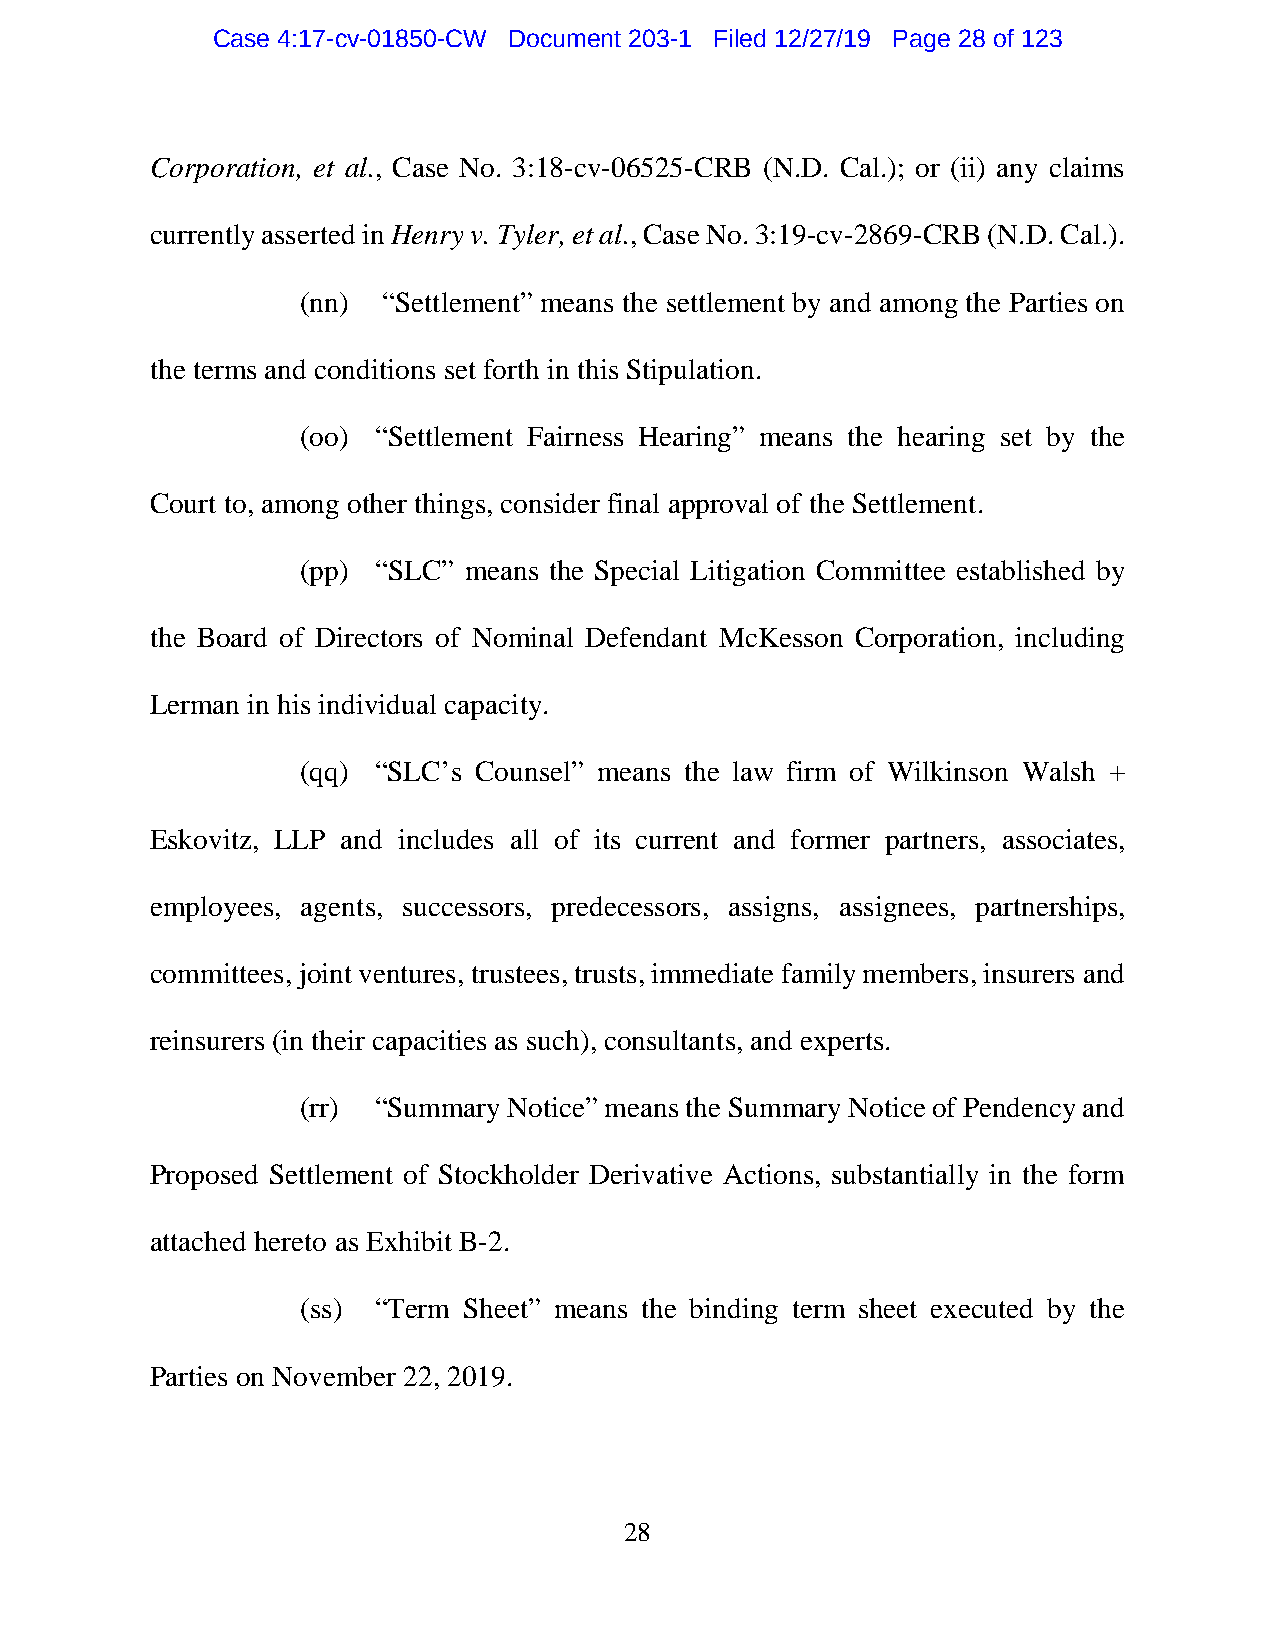
Case 4:17-cv-01850-CW Document 203-1 Filed 12/27/19 Page 28 of 123
 Corporation, et al., Case No. 3:18-cv-06525-CRB (N.D. Cal.); or (ii) any claims
 currently asserted in Henry v. Tyler, et al., Case No. 3:19-cv-2869-CRB (N.D. Cal.).
 (nn) “Settlement” means the settlement by and among the Parties on
 the terms and conditions set forth in this Stipulation.
 (oo) “Settlement Fairness Hearing” means the hearing set by the
 Court to, among other things, consider final approval of the Settlement.
 (pp) “SLC” means the Special Litigation Committee established by
 the Board of Directors of Nominal Defendant McKesson Corporation, including
 Lerman in his individual capacity.
 (qq) “SLC’s Counsel” means the law firm of Wilkinson Walsh +
 Eskovitz, LLP and includes all of its current and former partners, associates,
 employees, agents, successors, predecessors, assigns, assignees, partnerships,
 committees, joint ventures, trustees, trusts, immediate family members, insurers and
 reinsurers (in their capacities as such), consultants, and experts.
 (rr) “Summary Notice” means the Summary Notice of Pendency and
 Proposed Settlement of Stockholder Derivative Actions, substantially in the form
 attached hereto as Exhibit B-2.
 (ss) “Term Sheet” means the binding term sheet executed by the
 Parties on November 22, 2019.
 28